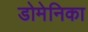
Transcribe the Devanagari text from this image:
डोमेनिका